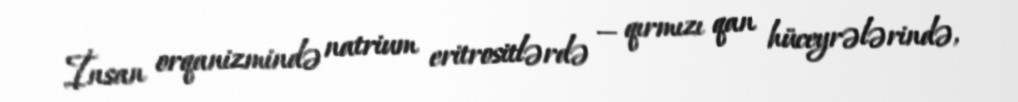
İnsan orqanizmində natrium eritrositlərdə — qırmızı qan hüceyrələrində,